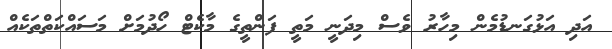
އަދި އަޅުގަނޑުމެން މިހާރު ވެސް މިދަނީ މަތީ ފަންތީގެ މާކެޓް ހޯދުމަށް މަސައްކަތްތަކެއް